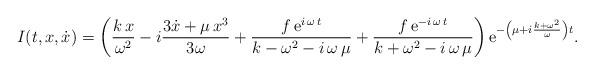
LaTeX: \begin{align*}I(t,x,\dot{x})=\left(\frac{k\,x}{\omega^2}-i\frac{3\dot{x}+\mu\,x^3}{3\omega}+\frac {f\,{\rm e}^{i\,\omega\,t}}{k-\omega^2-i\,\omega\,\mu}+\frac{f\,{\rm e}^{-i\,\omega\,t}}{k+\omega^2-i\,\omega\,\mu}\right){\rm e}^{-\left(\mu+i\frac{k+\omega^2}{\omega}\right)t}.\end{align*}